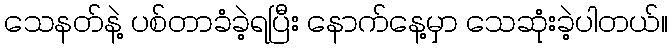
သေနတ်နဲ့ ပစ်တာခံခဲ့ရပြီး နောက်နေ့မှာ သေဆုံးခဲ့ပါတယ်။